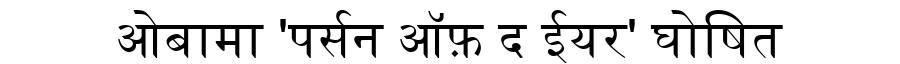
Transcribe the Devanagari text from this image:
ओबामा 'पर्सन ऑफ़ द ईयर' घोषित